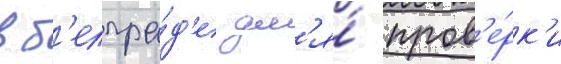
в б'елгра́д'е дл'я́ пров'е́рк'и